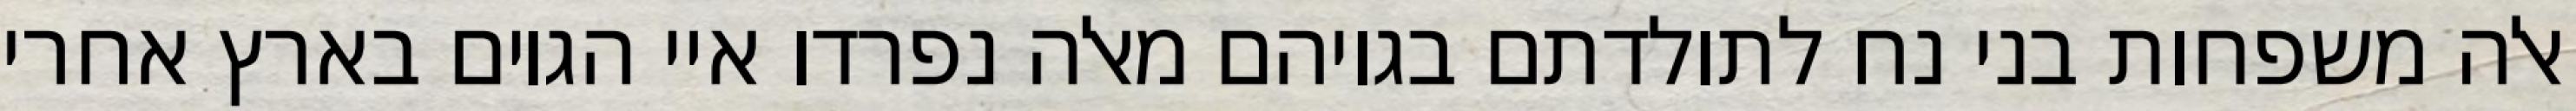
אלה משפחות בני נח לתולדתם בגויהם מאלה נפרדו איי הגוים בארץ אחרי